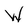
Character: W